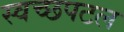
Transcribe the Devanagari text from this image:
स्वच्छपटल